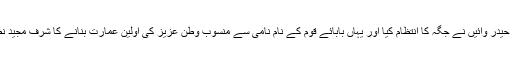
سابق وزیراعلیٰ غلام حیدر وائیں نے جگہ کا انتظام کیا اور یہاں بابائے قوم کے نام نامی سے منسوب وطن عزیز کی اوّلین عمارت بنانے کا شرف مجید نظامی نے حاصل کیا۔